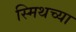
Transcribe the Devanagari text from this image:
स्मिथच्या